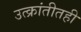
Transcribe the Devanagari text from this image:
उत्क्रांतीतही